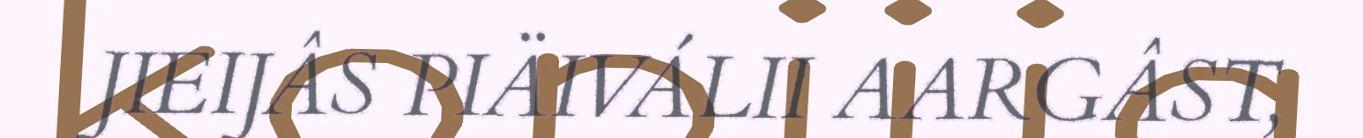
JIEIJÂS PIÄIVÁLII AARGÂST,